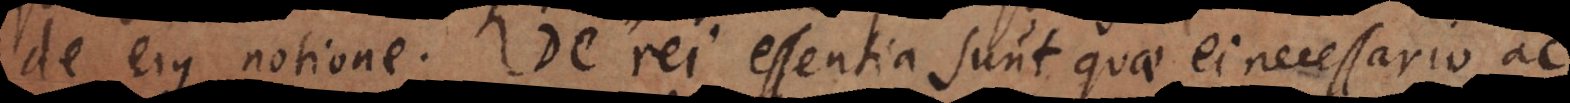
de ejus notione. De rei essentia sunt quae ei necessario ac